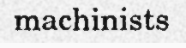
machinists